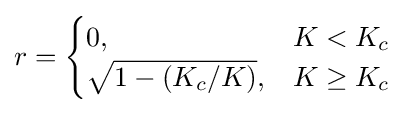
r={\begin{cases}0,&K<K_{c}\\{\sqrt {1-(K_{c}/K)}},&K\geq K_{c}\end{cases}}